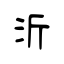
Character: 沂